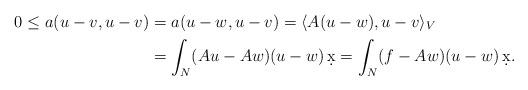
LaTeX: \begin{align*}0 \leq a(u-v,u-v)&=a(u-w, u-v)=\langle A(u-w),u-v\rangle_V \\&=\int_N (Au-Aw)(u-w)\,\d x=\int_N (f-Aw)(u-w)\,\d x.\end{align*}